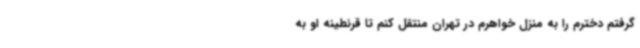
گرفتم دخترم را به منزل خواهرم در تهران منتقل کنم تا قرنطینه او به